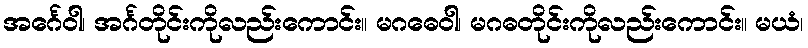
အင်္ဂေဝါ၊ အင်္ဂတိုင်းကိုလည်းကောင်း။ မဂဓေဝါ၊ မဂဓတိုင်းကိုလည်းကောင်း။ မယံ၊